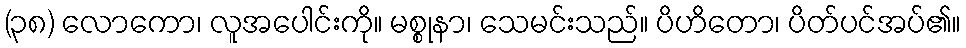
(၃၈) လောကော၊ လူအပေါင်းကို။ မစ္စုနာ၊ သေမင်းသည်။ ပိဟိတော၊ ပိတ်ပင်အပ်၏။